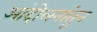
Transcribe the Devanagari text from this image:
आंदोलनांतून